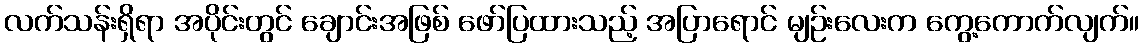
လက်သန်းရှိရာ အပိုင်းတွင် ချောင်းအဖြစ် ဖော်ပြထားသည့် အပြာရောင် မျဉ်းလေးက ကွေ့ကောက်လျက်။